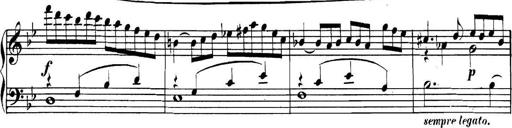
Title: Collected Piano Sonatas
Composer: Muzio Clementi